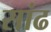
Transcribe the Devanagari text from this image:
सांढ